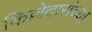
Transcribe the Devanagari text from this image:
किल्लेदारांच्या